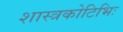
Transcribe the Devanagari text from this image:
शास्त्रकोटिभिः